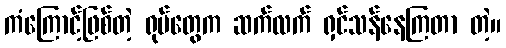
ကံကြောင့်ဖြစ်တဲ့ ရုပ်တွေက ဆက်လက် ရှင်သန်နေကြတာ တဲ့။